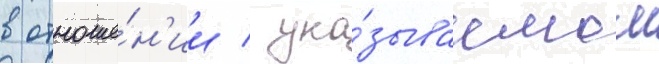
в отноше́н'ии / ука́зываемом